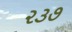
૨૩૭